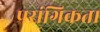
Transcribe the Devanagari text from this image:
प्रसंगिकता